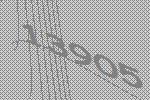
13905